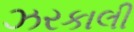
ઝરકાલી